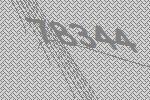
78344